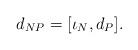
LaTeX: \begin{align*}d_{NP} = [\iota_{N},d_P].\end{align*}